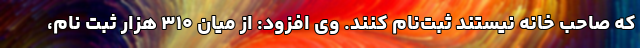
که صاحب خانه نیستند ثبت‌نام کنند. وی افزود: از میان ۳۱۰ هزار ثبت نام،